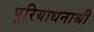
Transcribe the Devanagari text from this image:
पूरियाधनाश्री